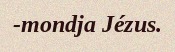
-mondja Jézus.